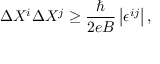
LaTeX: \Delta X ^ { i } \Delta X ^ { j } \geq \frac { \hbar } { 2 e B } \left| \epsilon ^ { i j } \right| ,